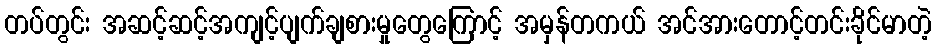
တပ်တွင်း အဆင့်ဆင့်အကျင့်ပျက်ချစားမှုတွေကြောင့် အမှန်တကယ် အင်အားတောင့်တင်းခိုင်မာတဲ့